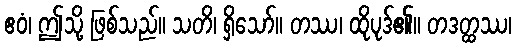
ဧဝံ၊ ဤသို့ ဖြစ်သည်။ သတိ၊ ရှိသော်။ တဿ၊ ထိုပုဒ်၏။ တဒတ္ထဿ၊